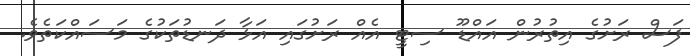
ފަސް ރަށުގެ އިތުރުން އައްޑޫ ސިޓީ އެއް ރަށުގައި އަޅާ ދަނޑުތަކުގެ މަސައްކަތެވެ.